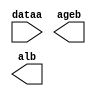
// megafunction wizard: %LPM_COMPARE%VBB%
// GENERATION: STANDARD
// VERSION: WM1.0
// MODULE: lpm_compare 

// ============================================================
// Megafunction Name(s):
// 			lpm_compare
//
// Simulation Library Files(s):
// 			lpm
// ============================================================
// ************************************************************
// THIS IS A WIZARD-GENERATED FILE. DO NOT EDIT THIS FILE!
//
// 9.1 Build 222 10/21/2009 SJ Full Version
// ************************************************************

//Copyright (C) 1991-2009 Altera Corporation
//Your use of Altera Corporation's design tools, logic functions 
//and other software and tools, and its AMPP partner logic 
//functions, and any output files from any of the foregoing 
//(including device programming or simulation files), and any 
//associated documentation or information are expressly subject 
//to the terms and conditions of the Altera Program License 
//Subscription Agreement, Altera MegaCore Function License 
//Agreement, or other applicable license agreement, including, 
//without limitation, that your use is for the sole purpose of 
//programming logic devices manufactured by Altera and sold by 
//Altera or its authorized distributors.  Please refer to the 
//applicable agreement for further details.

module lpm_compare16 (
	dataa,
	ageb,
	alb);

	input	[5:0]  dataa;
	output	  ageb;
	output	  alb;

endmodule

// ============================================================
// CNX file retrieval info
// ============================================================
// Retrieval info: PRIVATE: AeqB NUMERIC "0"
// Retrieval info: PRIVATE: AgeB NUMERIC "1"
// Retrieval info: PRIVATE: AgtB NUMERIC "0"
// Retrieval info: PRIVATE: AleB NUMERIC "0"
// Retrieval info: PRIVATE: AltB NUMERIC "1"
// Retrieval info: PRIVATE: AneB NUMERIC "0"
// Retrieval info: PRIVATE: INTENDED_DEVICE_FAMILY STRING "Cyclone II"
// Retrieval info: PRIVATE: LPM_PIPELINE NUMERIC "0"
// Retrieval info: PRIVATE: Latency NUMERIC "0"
// Retrieval info: PRIVATE: PortBValue NUMERIC "16"
// Retrieval info: PRIVATE: Radix NUMERIC "10"
// Retrieval info: PRIVATE: SYNTH_WRAPPER_GEN_POSTFIX STRING "0"
// Retrieval info: PRIVATE: SignedCompare NUMERIC "0"
// Retrieval info: PRIVATE: aclr NUMERIC "0"
// Retrieval info: PRIVATE: clken NUMERIC "0"
// Retrieval info: PRIVATE: isPortBConstant NUMERIC "1"
// Retrieval info: PRIVATE: nBit NUMERIC "6"
// Retrieval info: CONSTANT: LPM_HINT STRING "ONE_INPUT_IS_CONSTANT=YES"
// Retrieval info: CONSTANT: LPM_REPRESENTATION STRING "UNSIGNED"
// Retrieval info: CONSTANT: LPM_TYPE STRING "LPM_COMPARE"
// Retrieval info: CONSTANT: LPM_WIDTH NUMERIC "6"
// Retrieval info: USED_PORT: AgeB 0 0 0 0 OUTPUT NODEFVAL AgeB
// Retrieval info: USED_PORT: AlB 0 0 0 0 OUTPUT NODEFVAL AlB
// Retrieval info: USED_PORT: dataa 0 0 6 0 INPUT NODEFVAL dataa[5..0]
// Retrieval info: CONNECT: AgeB 0 0 0 0 @AgeB 0 0 0 0
// Retrieval info: CONNECT: AlB 0 0 0 0 @AlB 0 0 0 0
// Retrieval info: CONNECT: @dataa 0 0 6 0 dataa 0 0 6 0
// Retrieval info: CONNECT: @datab 0 0 6 0 16 0 0 0 0
// Retrieval info: LIBRARY: lpm lpm.lpm_components.all
// Retrieval info: GEN_FILE: TYPE_NORMAL lpm_compare16.v TRUE
// Retrieval info: GEN_FILE: TYPE_NORMAL lpm_compare16.inc FALSE
// Retrieval info: GEN_FILE: TYPE_NORMAL lpm_compare16.cmp FALSE
// Retrieval info: GEN_FILE: TYPE_NORMAL lpm_compare16.bsf TRUE FALSE
// Retrieval info: GEN_FILE: TYPE_NORMAL lpm_compare16_inst.v FALSE
// Retrieval info: GEN_FILE: TYPE_NORMAL lpm_compare16_bb.v TRUE
// Retrieval info: GEN_FILE: TYPE_NORMAL lpm_compare16_waveforms.html TRUE
// Retrieval info: GEN_FILE: TYPE_NORMAL lpm_compare16_wave*.jpg FALSE
// Retrieval info: LIB_FILE: lpm